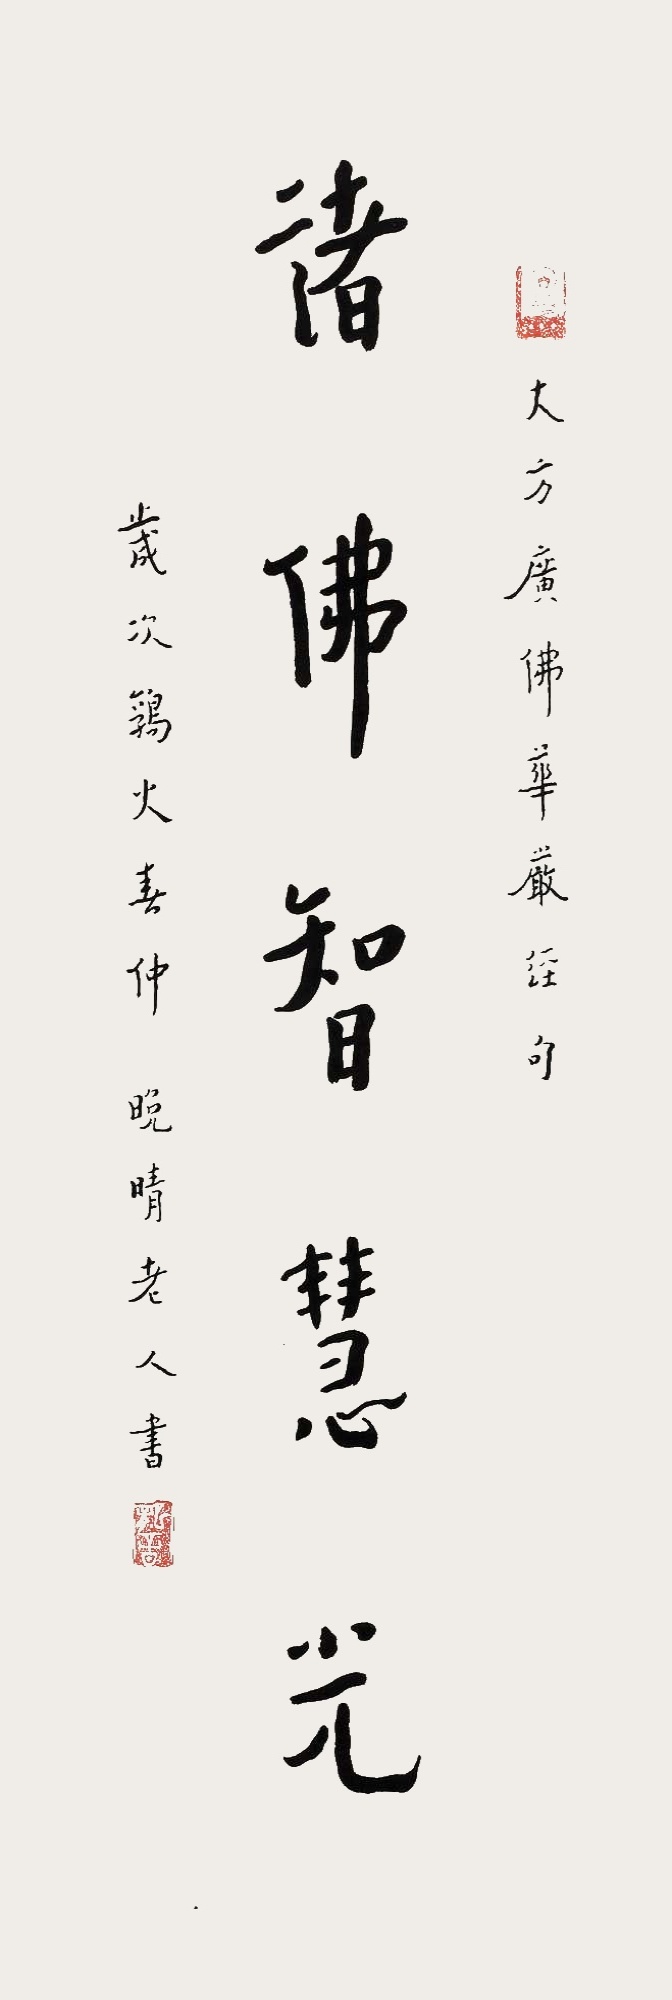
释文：诸佛智慧光。大方广佛华严经句，岁次鹑火春仲，晚晴老人书。